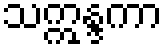
သဣန္ဒကာ